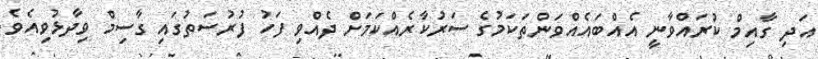
އަދި ގާއިމް ކުރައްވާނީ އެއްބައެއްވަންތަކަމުގެ ސަރުކާރެއްކަމަށް ދެއްވި ފަހު ފުރުސަތުގައި ގާސިމް ވިދާޅުވިއެވެ.